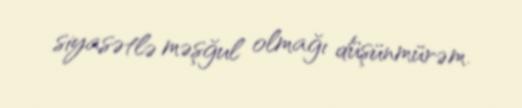
siyasətlə məşğul olmağı düşünmürəm.